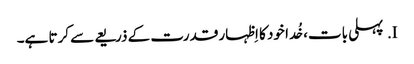
I.	پہلی بات، خُدا خود کا اِظہار قدرت کے ذریعے سے کرتا ہے۔